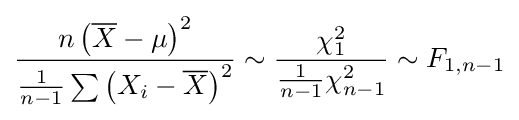
{\frac {n\left({\overline {X}}-\mu \right)^{2}}{{\frac {1}{n-1}}\sum \left(X_{i}-{\overline {X}}\right)^{2}}}\sim {\frac {\chi _{1}^{2}}{{\frac {1}{n-1}}\chi _{n-1}^{2}}}\sim F_{1,n-1}